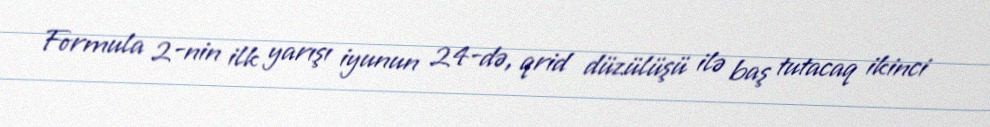
Formula 2-nin ilk yarışı iyunun 24-də, qrid düzülüşü ilə baş tutacaq ikinci